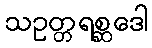
သဥတ္တရစ္ဆဒေါ